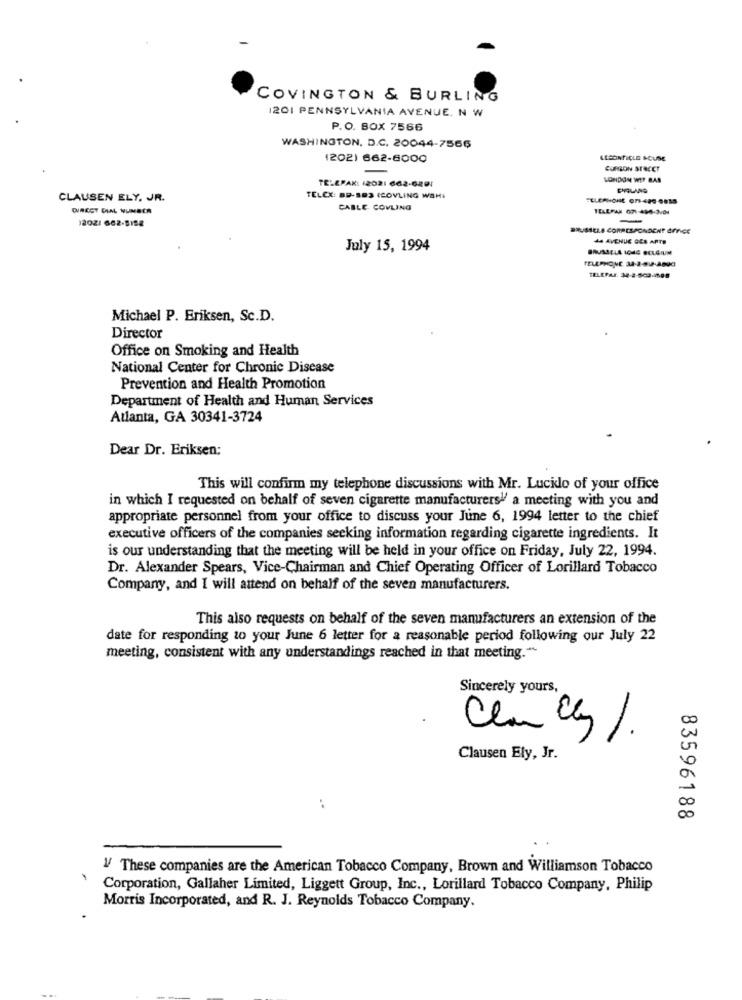
COVINGTON & BURLING
1201 PENNSYLVANIA AVENUE. N W
P.O. BOX 7566
WASHINGTON, D.C. 20044-7566
(202) 662-6000
CURION STACET
TELEPAK: 12021 662-GRO1
LONDON WET BAR
CHOLANG
CLAUSEN ELY. JR.
TELEX: BP-893 (COVLING WSHI
CABLE COWLING
12021 662-8198
BRUSSELS CORRESPONDCHE APFCE
44 AVENUE GES APTO
July 15, 1994
TELEPAE. 34-2-503-198
Michael P. Eriksen, Sc.D.
Director
Office on Smoking and Health
National Center for Chronic Disease
Prevention and Health Promotion
Department of Health and Human Services
Atlanta, GA 30341-3724
Dear Dr. Eriksen;
This will confirm my telephone discussions with Mr. Lucklo of your office
in which I requested on behalf of seven cigarette manufacturers" a meeting with you and
appropriate personnel from your office to discuss your June 6, 1994 letter to the chief
executive officers of the companies seeking information regarding cigarette ingredients. It
is our understanding that the meeting will be held in your office on Friday, July 22, 1994.
Dr. Alexander Spears, Vice-Chairman and Chief Operating Officer of Lorillard Tobacco
Company, and I will attend on behalf of the seven manufacturers.
This also requests on behalf of the seven manufacturers an extension of the
date for responding to your June 6 letter for a reasonable period following our July 22
meeting, consistent with any understandings reached in that meeting."
Sincerely yours,
Clan cky/.
Clausen Ely, Jr.
00
..
00
83596188
V/ These companies are the American Tobacco Company, Brown and Williamson Tobacco
Corporation, Gallaher Limited, Liggett Group, Inc ., Lorillard Tobacco Company, Philip
Morris Incorporated, and R. J. Reynolds Tobacco Company.